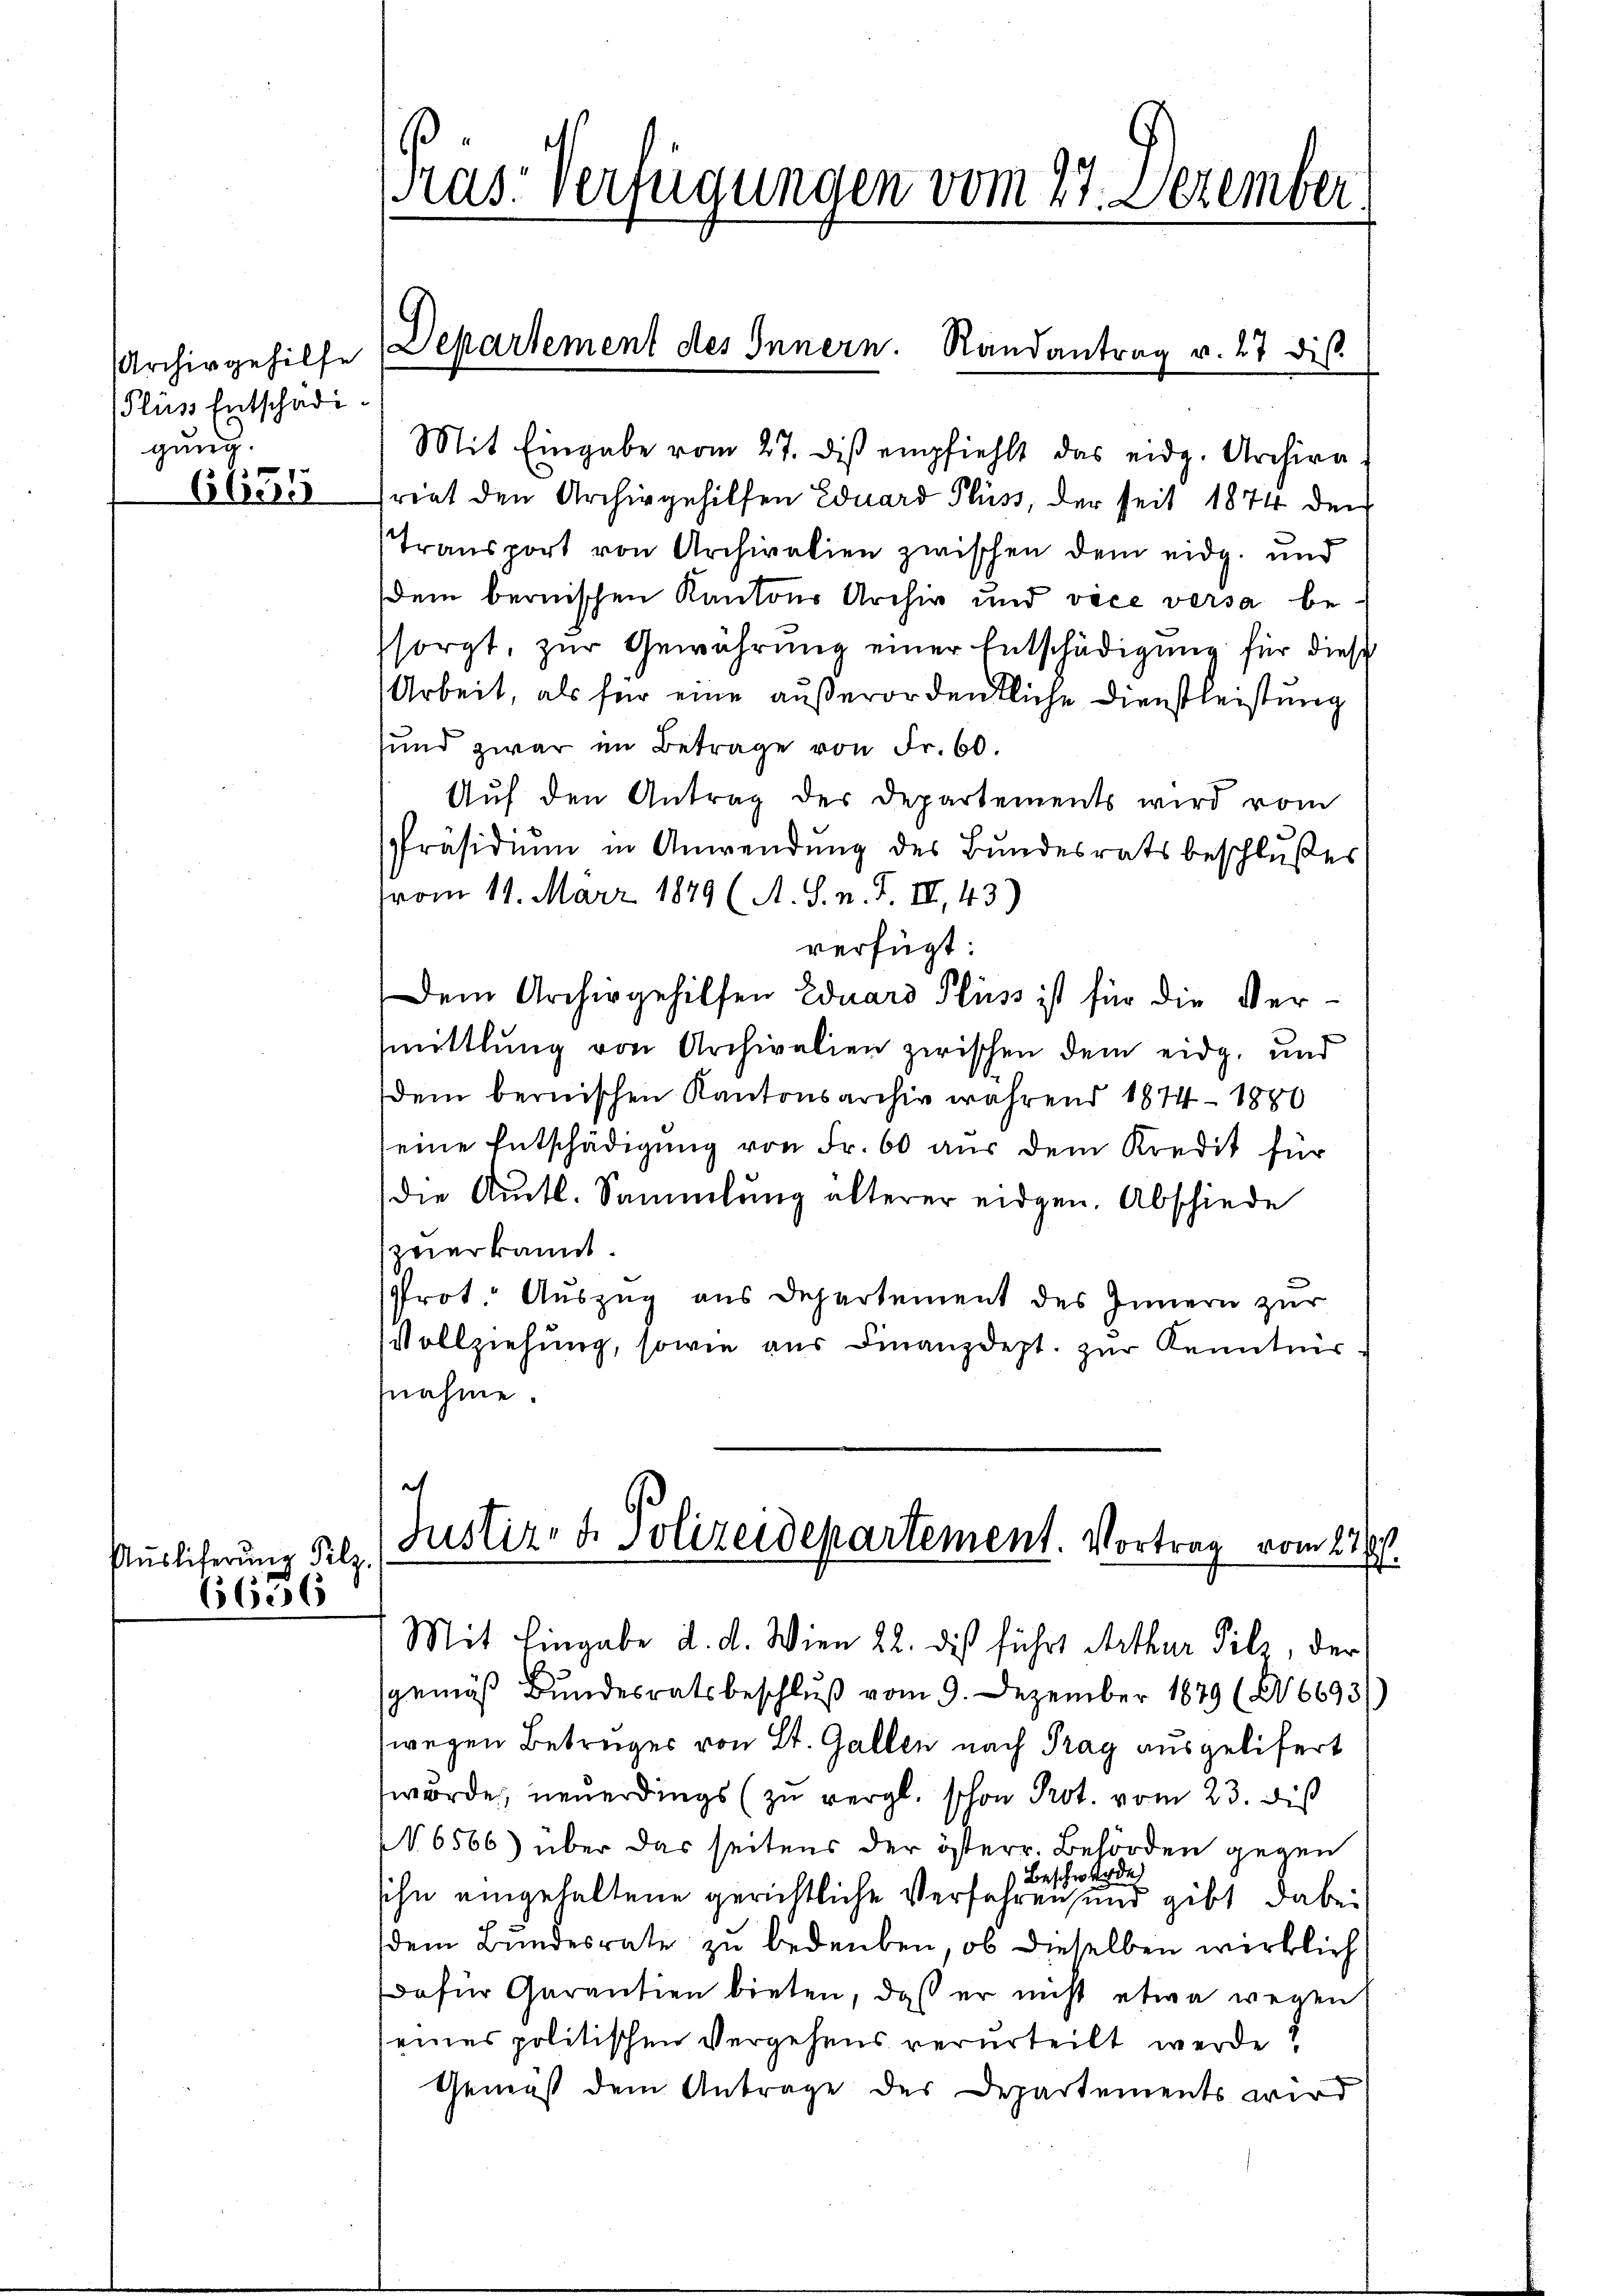
Archivgehilfe
Pluss Entschädi
gung.

Auslieferung Filz.
6636

Mit Eingabe vom 27. diβ empfiehlt das eidg. Archiva
Cbérer riet den Archivgehilfen Eduard Pluss, der seit 1874 den
Transport von Archivalien zwischen dem eidg. und
dem bernischen Kantons Archiv und vice versa besorgt, zur Gewährung einer Entschädigung für diese
Arbeit, als für eine außerordentliche Dienstleistung
sund zwar im Betrage von Fr. 60.
Aŭf den Antrag der Departements wird vom
Präsidium in Anwendung des Bundesratsbeschlußes
vom 11. März 1849 (A. S. n. F. II., 43)
verfügt:
Dem Archivgehilfen Eduard Pluss ist für die Vermittlung von Archivalien zwischen dem eidg. und
dem bernischen Kantonsarchiv während 1874 - 1880
seine Entschädigung von Fr. 60 aus dem Kredit für
die Amtl. Sammlung älterer eidgen. Abschiede
zverkannt.
Prot. Auszug aus Departement des Innern zur
Vollziehung, sowie aus Finanzdept. zur Kenntnis.
nahme.

[Präs. Verfügungen vom 27. Dezember

Departement des Innern. Randantrag v. 27 dis

h
Justiz- u. Polizeidepartement. Vortrag vom 21.

Mit Eingabe d. d. Wien 22. dis führt Arthur Silz, der
sgemäß Bundesratsbeschluß vom 9. Dezember 1879 (6693)
wegen Betruges von St. Gallen nach Prag ausgelifert
wurde, neuerdings (zu vergl. schon Prot. vom 23. Dis
N 6566) über das seitens der österr. Behörden gegen
 Medi
Bes
sihn eingehaltene gerichtliche Verfahren und gibt dabei
dem Bundesrate zu bedeuben, ob dieselben wirklich
dafür Garantien bieten, daß er nicht etwa wegen
eines politischen Vergehens verurteilt werde?
Gemäß dem Antrage der Departements wird